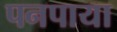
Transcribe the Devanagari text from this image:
पनपाया